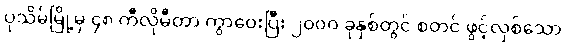
ပုသိမ်မြို့မှ ၄၈ ကီလိုမီတာ ကွာဝေးပြီး ၂၀၀၀ ခုနှစ်တွင် စတင် ဖွင့်လှစ်သော